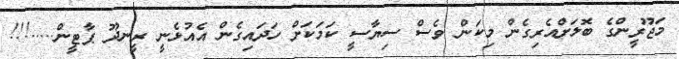
މަޖޫރީންގެ ބޮލަށްއެރިގެން މިކަން ވެސް ސިޔާސީ ކަމަކަށް ހަދައިގެން އެއުޅެނީ ރީނދޫ ޕާޓީން.....!!!